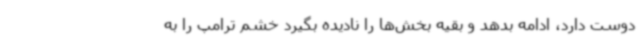
دوست دارد، ادامه بدهد و بقیه بخش‌ها را نادیده بگیرد خشم ترامپ را به